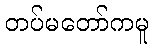
တပ်မတော်ကမူ